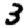
Digit: 3